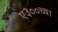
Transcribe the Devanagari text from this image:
ए३००च्या